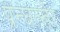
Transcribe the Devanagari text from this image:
प्रन्घत्खेर